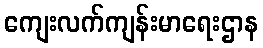
ကျေးလက်ကျန်းမာရေးဌာန